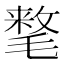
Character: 𰚰